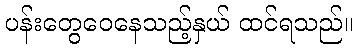
ပန်းတွေဝေနေသည့်နှယ် ထင်ရသည်။